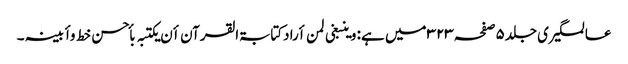
عالمگیری جلد۵صفحہ۳۲۳ میں ہے: وینبغی لمن أرادکتابۃالقرآن أن یکتبہ بأحسن خط وأبینہ ۔